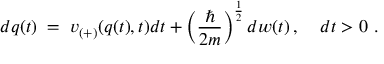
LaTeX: d q ( t ) \; = \; v _ { ( + ) } ( q ( t ) , t ) d t + \left( \frac { \hbar } { 2 m } \right) ^ { \frac { 1 } { 2 } } d w ( t ) \, , \; \; \; \; d t > 0 \, \, .